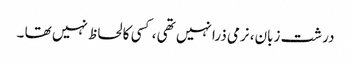
درشت زبان، نرمی ذرا نہیں تھی ، کسی کا لحاظ نہیں تھا ۔